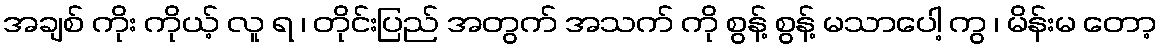
အချစ် ကိုး ကိုယ့် လူ ရ ၊ တိုင်းပြည် အတွက် အသက် ကို စွန့် စွန့် မသာပေါ့ ကွ ၊ မိန်းမ တော့